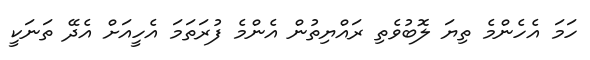
ހަމަ އެހެންމެ ތިޔަ ލޮބުވެތި ރައްޔިތުން އެންމެ ފުރަތަމަ އެހީއަށް އެދޭ ތަނަކީ